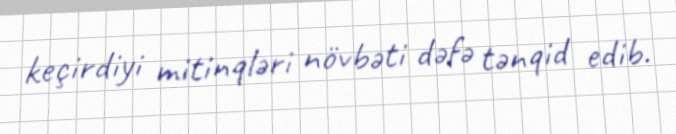
keçirdiyi mitinqləri növbəti dəfə tənqid edib.